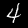
Label: 4